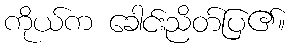
ကိုယ်က ခေါင်းညိတ်ပြ၏။